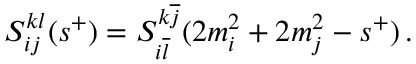
S _ { i j } ^ { k l } ( s ^ { + } ) = S _ { i \overline { { { l } } } } ^ { k \overline { { { j } } } } ( 2 m _ { i } ^ { 2 } + 2 m _ { j } ^ { 2 } - s ^ { + } ) \, .